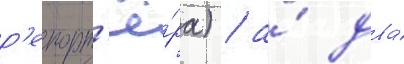
р'епорт'ё́ра) / а́ два́